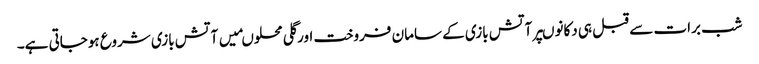
شب برات سے قبل ہی دکانوںپرآتش بازی کے سامان فروخت اورگلی محلوںمیں آتش بازی شروع ہوجاتی ہے۔